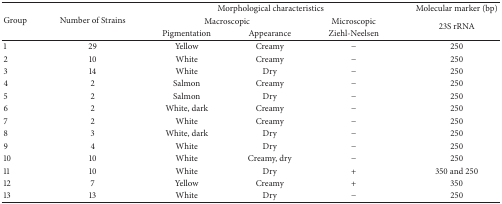
<table><thead><tr><td rowspan="3"><b>Group</b></td><td rowspan="3"><b>Number of Strains</b></td><td colspan="3"><b>Morphological characteristics</b></td><td><b>Molecular marker (bp)</b></td></tr><tr><td colspan="2"><b>Macroscopic</b></td><td><b>Microscopic</b></td><td rowspan="2"><b>23S rRNA</b></td></tr><tr><td><b>Pigmentation</b></td><td><b>Appearance</b></td><td><b>Ziehl-Neelsen</b></td></tr></thead><tbody><tr><td>1</td><td>29</td><td>Yellow</td><td>Creamy</td><td>−</td><td>250</td></tr><tr><td>2</td><td>10</td><td>White</td><td>Creamy</td><td>−</td><td>250</td></tr><tr><td>3</td><td>14</td><td>White</td><td>Dry</td><td>−</td><td>250</td></tr><tr><td>4</td><td>2</td><td>Salmon</td><td>Creamy</td><td>−</td><td>250</td></tr><tr><td>5</td><td>2</td><td>Salmon</td><td>Dry</td><td>−</td><td>250</td></tr><tr><td>6</td><td>2</td><td>White, dark</td><td>Creamy</td><td>−</td><td>250</td></tr><tr><td>7</td><td>2</td><td>White</td><td>Creamy</td><td>−</td><td>250</td></tr><tr><td>8</td><td>3</td><td>White, dark</td><td>Dry</td><td>−</td><td>250</td></tr><tr><td>9</td><td>4</td><td>White</td><td>Dry</td><td>−</td><td>250</td></tr><tr><td>10</td><td>10</td><td>White</td><td>Creamy, dry</td><td>−</td><td>250</td></tr><tr><td>11</td><td>10</td><td>White</td><td>Dry</td><td>+</td><td>350 and 250</td></tr><tr><td>12</td><td>7</td><td>Yellow</td><td>Creamy</td><td>+</td><td>350</td></tr><tr><td>13</td><td>13</td><td>White</td><td>Dry</td><td>−</td><td>250</td></tr></tbody></table>